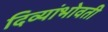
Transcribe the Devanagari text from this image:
दिव्यांभोवती